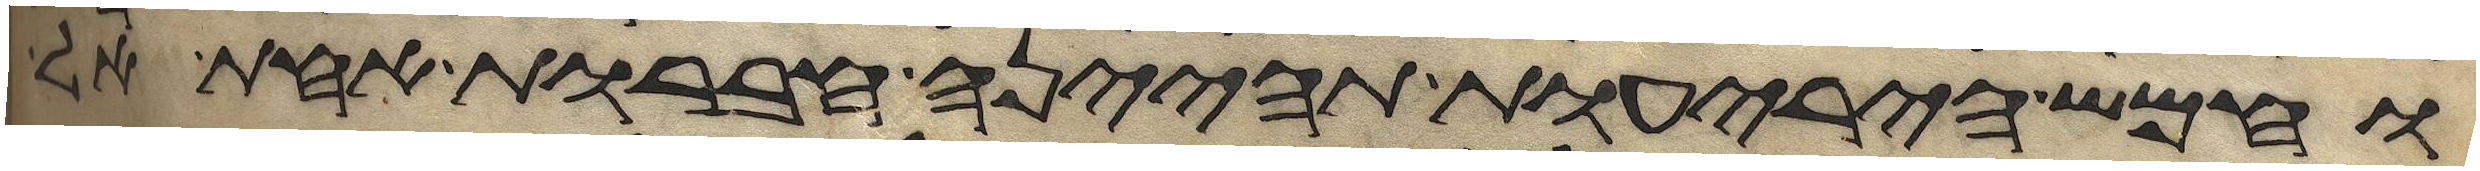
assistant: וחמש היריעות תהינה חברות אחת אל